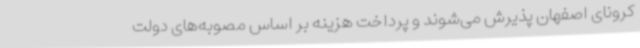
کرونای اصفهان پذیرش می‌شوند و پرداخت هزینه بر اساس مصوبه‌های دولت